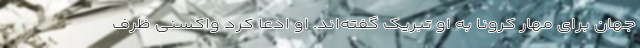
جهان برای مهار کرونا به او تبریک گفته‌اند. او ادعا کرد واکسنی ظرف